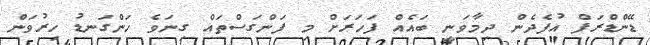
ޑޭންޑްރަފް އުފެދެން ދިމާވަނީ ބައެއް ފަހަރަށް މި ފަންގަސްތައް ގިނަވެ ހަންގަނޑު ހިރުވަން